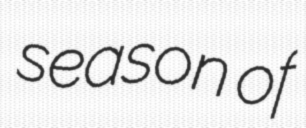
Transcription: season of